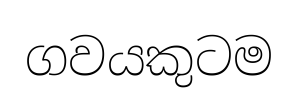
ගවයකුටම